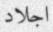
اجلاد